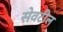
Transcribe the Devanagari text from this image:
सेवटील